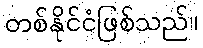
တစ်နိုင်ငံဖြစ်သည်။